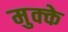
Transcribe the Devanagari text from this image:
मुक्‍के